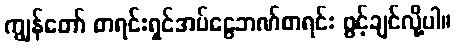
ကျွန်တော် စာရင်းရှင်အပ်ငွေဘဏ်စာရင်း ဖွင့်ချင်လို့ပါ။